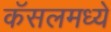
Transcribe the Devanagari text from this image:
कॅसलमध्ये